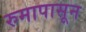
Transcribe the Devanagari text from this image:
रुमापासून